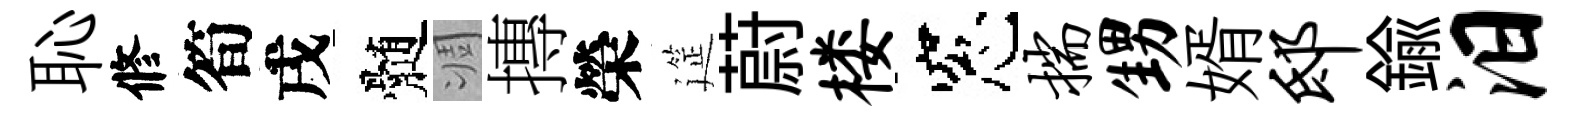
恥修筍戌髄凋摶榮筵蔚楼窓揣甥婿邸鍮汨